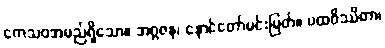
ကေသဝအမည်ရှိသော။ အဂ္ဂဇန၊ နောင်တော်မင်းမြတ်။ ပထဝိဿိတာ၊